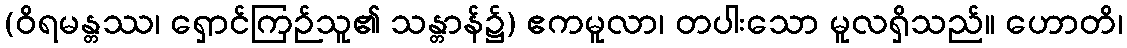
(ဝိရမန္တဿ၊ ရှောင်ကြဉ်သူ၏ သန္တာန်၌) ဧကမူလာ၊ တပါးသော မူလရှိသည်။ ဟောတိ၊